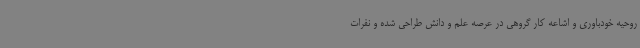
روحیه خودباوری و اشاعه کار گروهی در عرصه علم و دانش طراحی شده و نفرات